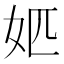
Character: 𡛘